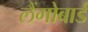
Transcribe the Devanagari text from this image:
लैंगोबार्ड